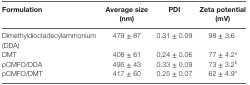
<table><thead><tr><td><b>Formulation</b></td><td><b>Average size (nm)</b></td><td><b>PDI</b></td><td><b>Zeta potential (mV)</b></td></tr></thead><tbody><tr><td>Dimethyldioctadecylammonium (DDA)</td><td>479 ± 87</td><td>0.31 ± 0.09</td><td>98 ± 3.6</td></tr><tr><td>DMT</td><td>408 ± 61</td><td>0.24 ± 0.06</td><td>77 ± 4.2<sup>#</sup></td></tr><tr><td>pCMFO/DDA</td><td>495 ± 43</td><td>0.33 ± 0.09</td><td>73 ± 3.2<sup>$</sup></td></tr><tr><td>pCMFO/DMT</td><td>417 ± 60</td><td>0.25 ± 0.07</td><td>62 ± 4.9*</td></tr></tbody></table>